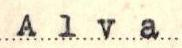
Alva